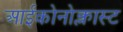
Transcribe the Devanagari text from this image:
आईकोनोक्लास्ट